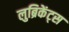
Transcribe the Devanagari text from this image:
लुब्रिकेंट्स